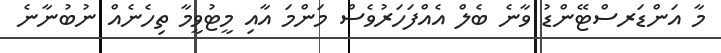
މާ އަންޑަރސްޓޭންޑު ވާނެ ބެލް އެއްފަހަރުވެސް މަންމަ އާއި މީޓުވީމާ ތިހެނެއް ނުބުނާނެ